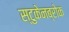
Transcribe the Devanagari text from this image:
स्टुकेनब्रोक